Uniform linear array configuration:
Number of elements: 16
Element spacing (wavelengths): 1
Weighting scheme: hann
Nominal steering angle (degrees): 0
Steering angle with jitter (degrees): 1.66
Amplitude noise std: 0.05
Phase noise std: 0.05

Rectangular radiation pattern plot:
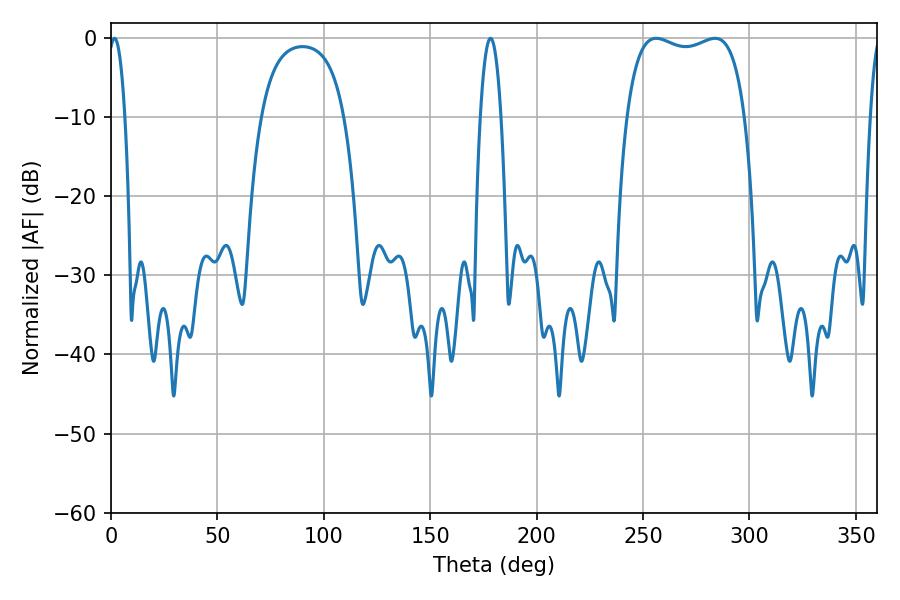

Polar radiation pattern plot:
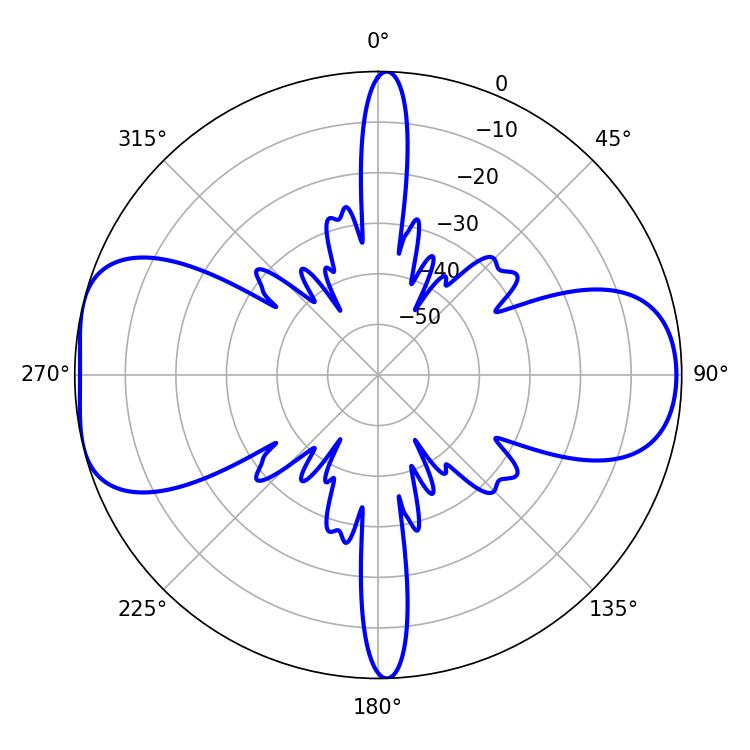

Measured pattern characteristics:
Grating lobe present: TRUE
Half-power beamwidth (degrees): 45
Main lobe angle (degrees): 256.14